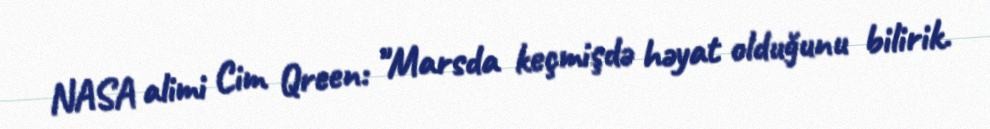
NASA alimi Cim Qreen: "Marsda keçmişdə həyat olduğunu bilirik.